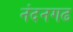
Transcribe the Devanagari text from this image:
नंदनगढ